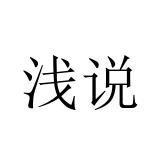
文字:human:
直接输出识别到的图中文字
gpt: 浅说